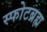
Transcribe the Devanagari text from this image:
स्फोटब्रह्म